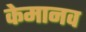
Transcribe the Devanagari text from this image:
केमानव